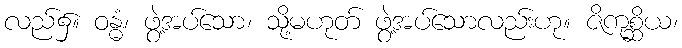
လည်၌။ ဝန္ဓံ၊ ဖွဲ့အပ်သော၊ သို့မဟုတ် ဖွဲ့အပ်သောလည်းဟု။ ဇိကုစ္ဆိယ၊